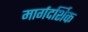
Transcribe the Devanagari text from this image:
मार्गदर्शिक